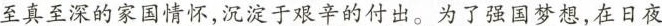
至真至深的家国情怀，沉淀于艰辛的付出。为了强国梦想，在日夜